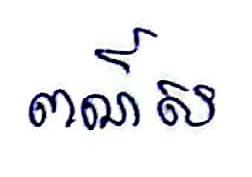
ពណ៍ស